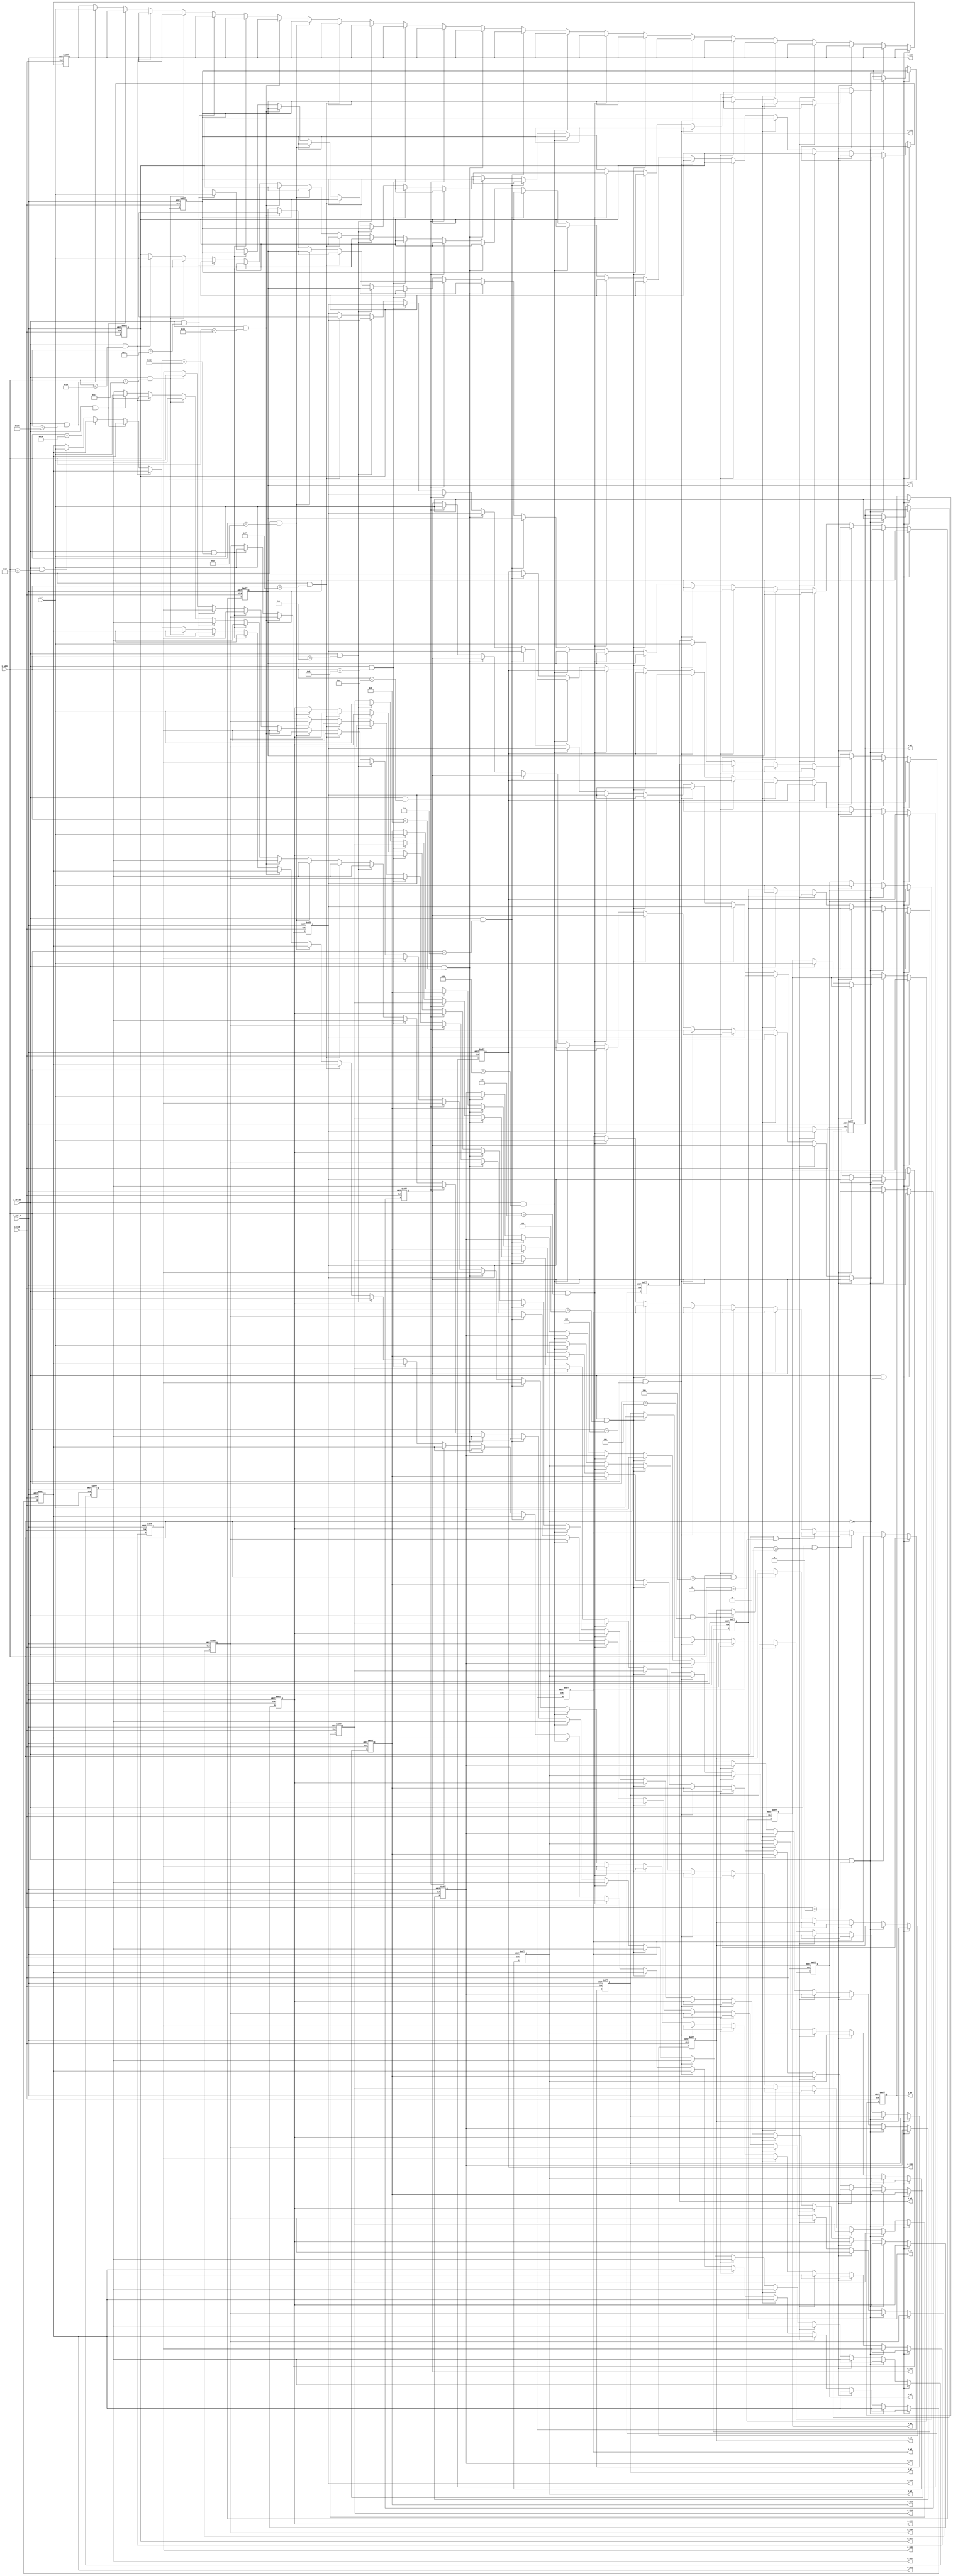
module store_weight

(
	input i_clk, i_rst_n,
	input [7:0] i_w,
	input [4:0] i_addr,
	input i_wr_en,
	output reg[7:0] o_w0,
	output reg[7:0] o_w1,
	output reg[7:0] o_w2,
	output reg[7:0] o_w3,
	output reg[7:0] o_w4,
	output reg[7:0] o_w5,
	output reg[7:0] o_w6,
	output reg[7:0] o_w7,
	output reg[7:0] o_w8,
	output reg[7:0] o_w9,
	output reg[7:0] o_w10,
	output reg[7:0] o_w11,
	output reg[7:0] o_w12,
	output reg[7:0] o_w13,
	output reg[7:0] o_w14,
	output reg[7:0] o_w15,
	output reg[7:0] o_w16,
	output reg[7:0] o_w17,
	output reg[7:0] o_w18,
	output reg[7:0] o_w19,
	output reg[7:0] o_w20,
	output reg[7:0] o_w21,
	output reg[7:0] o_w22,
	output reg[7:0] o_w23,
	output reg[7:0] o_w24
	
);

always @(posedge i_clk, negedge i_rst_n) begin
	if(!i_rst_n) begin
		o_w0<=0;
		o_w1<=0;
		o_w2<=0;
		o_w3<=0;
		o_w4<=0;
		o_w5<=0;
		o_w6<=0;
		o_w7<=0;
		o_w8<=0;
		o_w9<=0;
		o_w10<=0;
		o_w11<=0;
		o_w12<=0;
		o_w13<=0;
		o_w14<=0;
		o_w15<=0;
		o_w16<=0;
		o_w17<=0;
		o_w18<=0;
		o_w19<=0;
		o_w20<=0;
		o_w21<=0;
		o_w22<=0;
		o_w23<=0;
		o_w24<=0;
		end
	else begin
		if(i_wr_en==1 && i_addr==5'd0) o_w0<=i_w;
		else if(i_wr_en==1 && i_addr==5'd1) o_w1<=i_w;
		else if(i_wr_en==1 && i_addr==5'd2) o_w2<=i_w;
		else if(i_wr_en==1 && i_addr==5'd3) o_w3<=i_w;
		else if(i_wr_en==1 && i_addr==5'd4) o_w4<=i_w;
		else if(i_wr_en==1 && i_addr==5'd5) o_w5<=i_w;
		else if(i_wr_en==1 && i_addr==5'd6) o_w6<=i_w;
		else if(i_wr_en==1 && i_addr==5'd7) o_w7<=i_w;
		else if(i_wr_en==1 && i_addr==5'd8) o_w8<=i_w;
		else if(i_wr_en==1 && i_addr==5'd9) o_w9<=i_w;
		else if(i_wr_en==1 && i_addr==5'd10) o_w10<=i_w;
		else if(i_wr_en==1 && i_addr==5'd11) o_w11<=i_w;
		else if(i_wr_en==1 && i_addr==5'd12) o_w12<=i_w;
		else if(i_wr_en==1 && i_addr==5'd13) o_w13<=i_w;
		else if(i_wr_en==1 && i_addr==5'd14) o_w14<=i_w;
		else if(i_wr_en==1 && i_addr==5'd15) o_w15<=i_w;
		else if(i_wr_en==1 && i_addr==5'd16) o_w16<=i_w;
		else if(i_wr_en==1 && i_addr==5'd17) o_w17<=i_w;
		else if(i_wr_en==1 && i_addr==5'd18) o_w18<=i_w;
		else if(i_wr_en==1 && i_addr==5'd19) o_w19<=i_w;
		else if(i_wr_en==1 && i_addr==5'd20) o_w20<=i_w;
		else if(i_wr_en==1 && i_addr==5'd21) o_w21<=i_w;
		else if(i_wr_en==1 && i_addr==5'd22) o_w22<=i_w;
		else if(i_wr_en==1 && i_addr==5'd23) o_w23<=i_w;
		else if(i_wr_en==1 && i_addr==5'd24) o_w24<=i_w;
		end
	end
endmodule